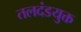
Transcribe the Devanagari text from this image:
तलदंडयुक्त